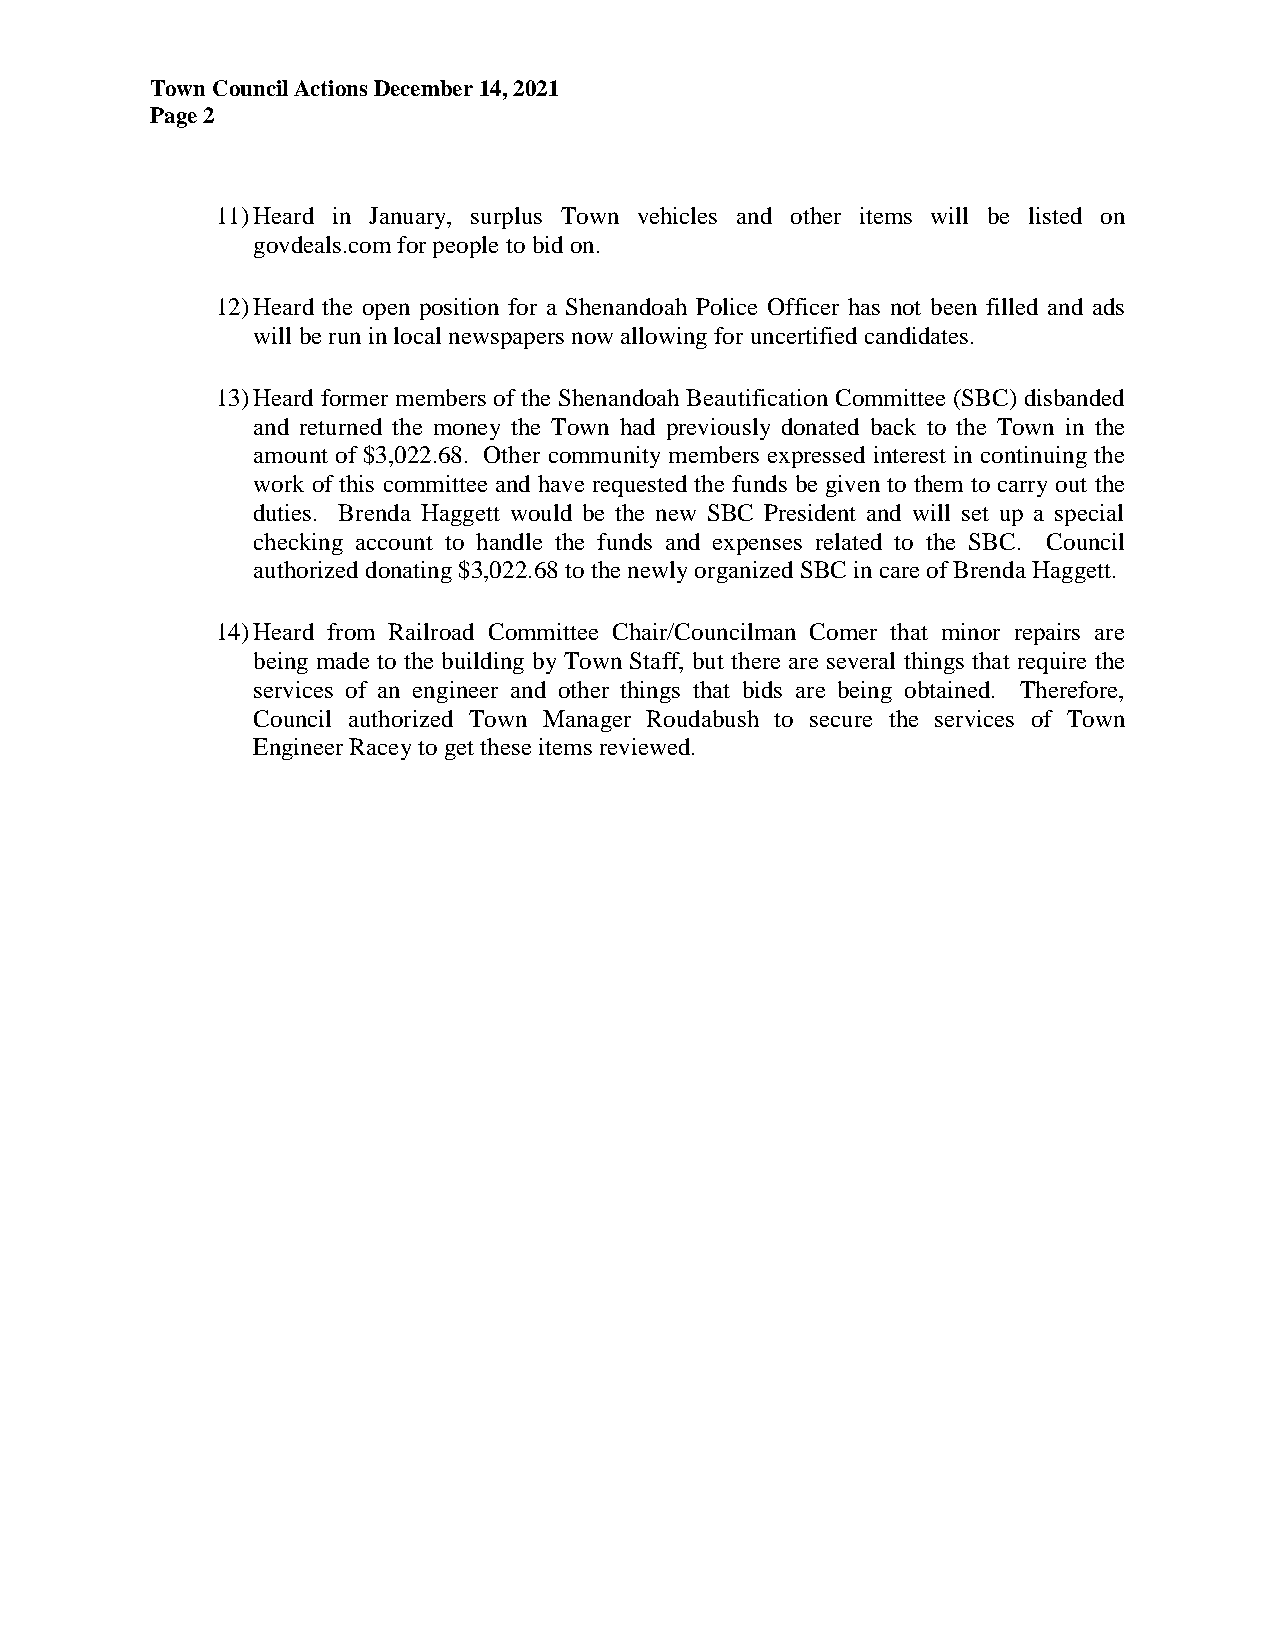
Town Council Actions December 14, 2021
 Page 2
 11) Heard in January, surplus Town vehicles and other items will be listed on
 govdeals.com for people to bid on.
 12) Heard the open position for a Shenandoah Police Officer has not been filled and ads
 will be run in local newspapers now allowing for uncertified candidates.
 13) Heard former members of the Shenandoah Beautification Committee (SBC) disbanded
 and returned the money the Town had previously donated back to the Town in the
 amount of $3,022.68. Other community members expressed interest in continuing the
 work of this committee and have requested the funds be given to them to carry out the
 duties. Brenda Haggett would be the new SBC President and will set up a special
 checking account to handle the funds and expenses related to the SBC. Council
 authorized donating $3,022.68 to the newly organized SBC in care of Brenda Haggett.
 14) Heard from Railroad Committee Chair/Councilman Comer that minor repairs are
 being made to the building by Town Staff, but there are several things that require the
 services of an engineer and other things that bids are being obtained. Therefore,
 Council authorized Town Manager Roudabush to secure the services of Town
 Engineer Racey to get these items reviewed.